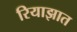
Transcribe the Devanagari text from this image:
रियाझात